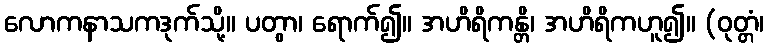
လောကနာသကဒုက်သို့။ ပတွာ၊ ရောက်၍။ အဟိရိကန္တိ၊ အဟိရိကဟူ၍။ (ဝုတ္တံ၊